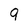
Character: 9